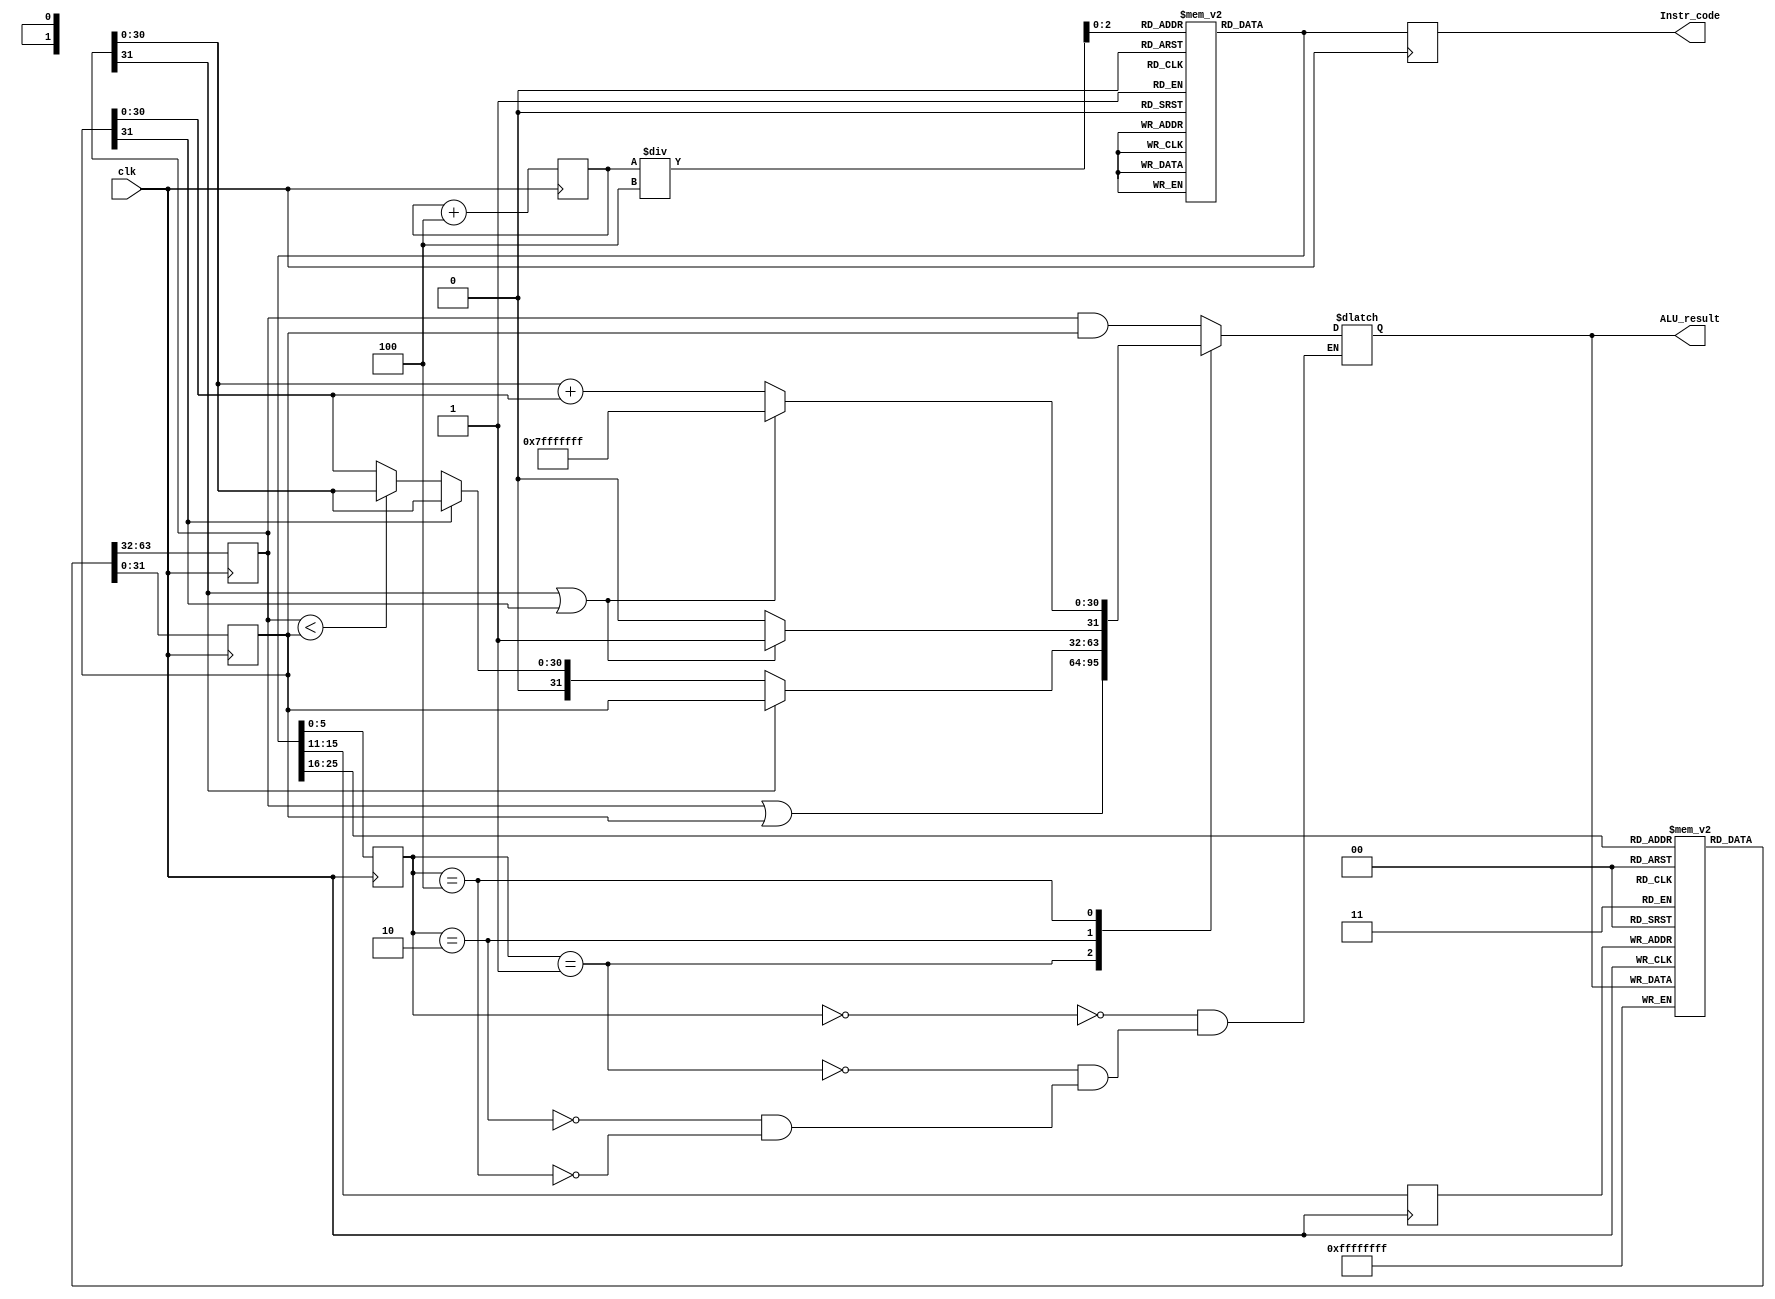
module TropicalALU(clk, Instr_code, ALU_result);
input clk; // you need to feed in the clock signal from module test_bench
reg [31:0] Instruction_memory[7:0];
reg [31:0] Data_memory[7:0]; // you will use data memory for next lab.
reg [31:0] Register_File[31:0];
reg [31:0] PC;
output reg [31:0] Instr_code;
reg [5:0] Func_code, OP_code;
reg [4:0] Rs, Rt, Rd;
reg [31:0] ALU_Input1,ALU_Input2;
output reg [31:0] ALU_result;

initial
begin
PC = 32'h0000_0000;
Instr_code = 32'h0000_0000;
ALU_result = 32'h00000000;
Register_File[0] = 32'h00000000; //R0 = 0x00000000;
Register_File[1] = 32'h80000000; //R1 = infinity;
Register_File[2] = 32'hFFFFFFFF; //R2 = also infinity;
Register_File[3] = 32'h7FFFFFFF; //R3 = 0x7FFFFFFF;
Register_File[4] = 32'h00000001; //R4 = 0x00000001;
Instruction_memory[0] = 32'h00220000; //R0 = R1&R2;
Instruction_memory[1] = 32'h00220001; //R0 = R1|R2;
Instruction_memory[2] = 32'h00640002; //R0 = min(R3,R4);
Instruction_memory[3] = 32'h00640004; //R0 = R3+R4;
Instruction_memory[4] = 32'h00220002; //R0 = min(R1,R2);
end


// declare a lot of other variables and initialize them
always@(posedge clk) //fetch instruction_code from Instruction_memory and decode it
begin
Instr_code= { Instruction_memory[PC/4]};
PC=PC+4;
OP_code= Instr_code[31:26];
Rs= Instr_code[25:21];
Rt= Instr_code[20:16];
Rd= Instr_code[15:11];
Func_code= Instr_code[5:0];
ALU_Input1= Register_File[Rs];
ALU_Input2= Register_File[Rt];
end

//DONE: infinity bit
//TODO: Signed arithmetic, logical shift, arithmetic rotate, overflow mode

always@(ALU_Input1 or ALU_Input2 or Func_code) //ALU to make a calculation
begin
case (Func_code)
0:  //AND: Rd = Rs AND Rt 
begin
ALU_result = ALU_Input1 & ALU_Input2;
end
1:  //OR: Rd = Rs OR Rt
begin 
ALU_result = ALU_Input1 | ALU_Input2;
end
2:  //Tropical ADD: Rd = Rs OPLUS Rt
begin
	if(ALU_Input1[31] == 1)
	begin
		ALU_result = ALU_Input2;
	end
	else if(ALU_Input2[31] == 1)
	begin
		ALU_result = ALU_Input1;
	end
	else if(ALU_Input1 < ALU_Input2)
	begin
		ALU_result = ALU_Input1;
	end
	else
	begin
		ALU_result = ALU_Input2;
	end
end
4:  //Tropical TIMES: Rd = Rs OTIMES Rt
	 //Overflow results in a 0, not an infinity
begin
	if(ALU_Input1[31] == 1 || ALU_Input2[31] == 1)
	begin
		ALU_result = 32'hFFFFFFFF;
	end
	else
	begin
		ALU_result <= ALU_Input1 + ALU_Input2;
		ALU_result[31] <= ALU_result[31] & 0;
	end
end
endcase
end

always@(negedge clk) //write the ALU_result back to Register File
begin
Register_File[Rd]=ALU_result;
end

endmodule